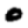
Digit: 0